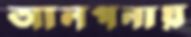
আলপনায়